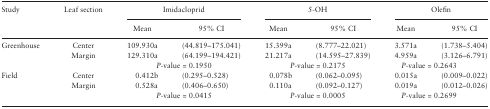
| <ROWSPAN=2> Study | <ROWSPAN=2> Leaf section | <COLSPAN=2> Imidacloprid | <COLSPAN=2> 5-OH | <COLSPAN=2> Olefin |
 | Mean | 95% CI | Mean | 95% CI | Mean | 95% CI |
 | --- | --- | --- | --- | --- | --- | --- | --- |
 | <ROWSPAN=3> Greenhouse | Center | 109.930a | (44.819–175.041) | 15.399a | (8.777–22.021) | 3.571a | (1.738–5.404) |
 | Margin | 129.310a | (64.199–194.421) | 21.217a | (14.595–27.839) | 4.959a | (3.126–6.791) |
 |  | <COLSPAN=2> P-value = 0.1950 | <COLSPAN=2> P-value = 0.2175 | <COLSPAN=2> P-value = 0.2643 |
 | <ROWSPAN=3> Field | Center | 0.412b | (0.295–0.528) | 0.078b | (0.062–0.095) | 0.015a | (0.009–0.022) |
 | Margin | 0.528a | (0.406–0.650) | 0.110a | (0.092–0.127) | 0.019a | (0.012–0.026) |
 |  | <COLSPAN=2> P-value = 0.0415 | <COLSPAN=2> P-value = 0.0005 | <COLSPAN=2> P-value = 0.2699 |